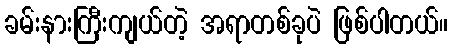
ခမ်းနားကြီးကျယ်တဲ့ အရာတစ်ခုပဲ ဖြစ်ပါတယ်။